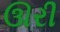
ઊરી